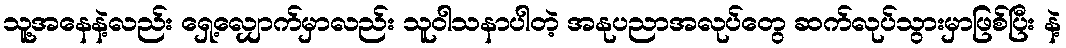
သူ့အနေနဲ့လည်း ရှေ့လျှောက်မှာလည်း သူဝါသနာပါတဲ့ အနုပညာအလုပ်တွေ ဆက်လုပ်သွားမှာဖြစ်ပြီး နဲ့